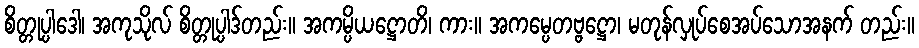
စိတ္တုပ္ပါဒေါ၊ အကုသိုလ် စိတ္တုပ္ပါဒ်တည်း။ အကမ္ပိယဋ္ဌောတိ၊ ကား။ အကမ္ပေတဗ္ဗဋ္ဌော၊ မတုန်လှုပ်စေအပ်သောအနက် တည်း။